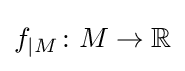
f_{|M}\colon M\to \mathbb {R}